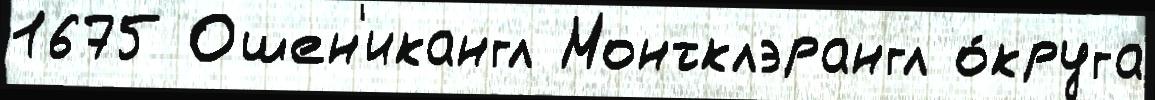
1675 Ошен'икангл Монтклэрангл о́круга